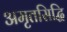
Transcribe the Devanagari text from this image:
अमृतसिद्धि